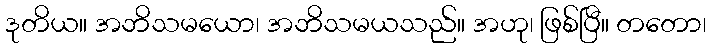
ဒုတိယ။ အဘိသမယော၊ အဘိသမယသည်။ အဟု၊ ဖြစ်ပြီ။ တတော၊